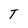
Character: T